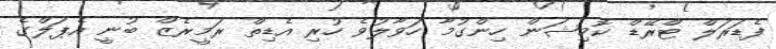
ފެޑަރަލް ޓްރޭޑް ކޮމިޝަން ހިންގުމާ ހަވާލުވެ ހުރި އެޑިތް ރަމީރެޒް ބުނީ އެޕަލްގެ